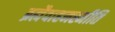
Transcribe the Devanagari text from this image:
ब्रह्मैवाहमस्मीति